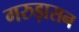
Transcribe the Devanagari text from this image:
गरुड़ासन